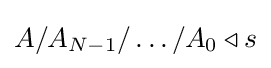
A/A_{N-1}/\ldots /A_{0}\triangleleft s